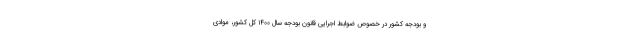
و بودجه کشور در خصوص ضوابط اجرایی قانون بودجه سال ۱۴۰۰ کل کشور، موادی